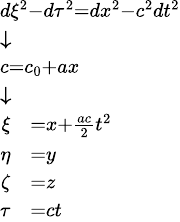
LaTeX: {\scriptstyle{\begin{array}{l}{d\xi^{2}-d\tau^{2}=dx^{2}-c^{2}dt^{2}}\\ {{\boldsymbol{\downarrow}}}\\ {c=c_{0}+ax}\\ {{\boldsymbol{\downarrow}}}\\ {{\begin{array}{rl}{\xi}&{=x+{\frac{ac}{2}}t^{2}}\\ {\eta}&{=y}\\ {\zeta}&{=z}\\ {\tau}&{=ct}\end{array}}}\end{array}}}